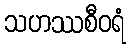
သဟဿစီဝရံ